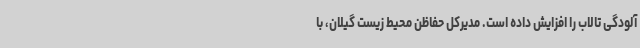
آلودگی تالاب را افزایش داده است. مدیرکل حفاظن محیط زیست گیلان، با